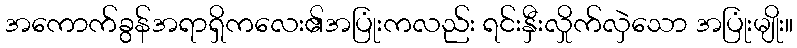
အကောက်ခွန်အရာရှိကလေး၏အပြုံးကလည်း ရင်းနှီးလှိုက်လှဲသော အပြုံးမျိုး။